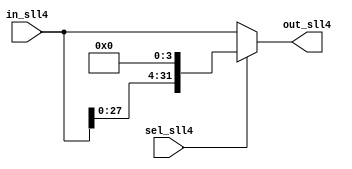
module SLL4 (in_sll4, sel_sll4, out_sll4);
  input [31:0] in_sll4;
  input sel_sll4;
  output [31:0] out_sll4;
  
  assign out_sll4 = (sel_sll4) ? {in_sll4[27:0],4'b0} : in_sll4;
endmodule